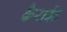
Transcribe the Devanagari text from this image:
कैराईट